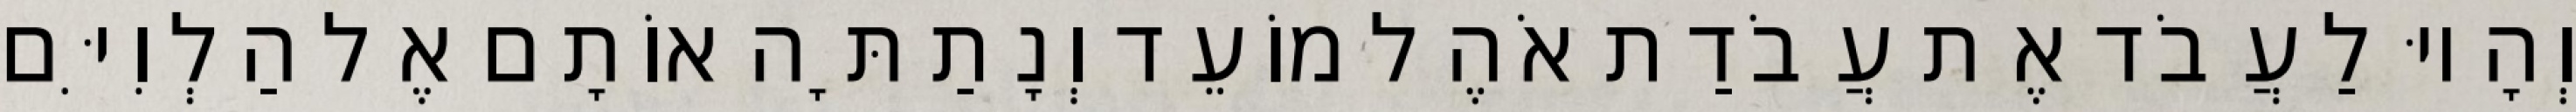
וְהָיוּ לַעֲבֹד אֶת עֲבֹדַת אֹהֶל מוֹעֵד וְנָתַתָּה אוֹתָם אֶל הַלְוִיִּם